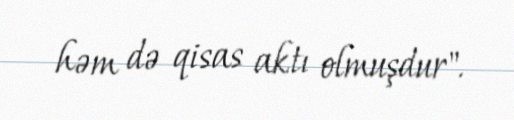
həm də qisas aktı olmuşdur".